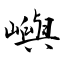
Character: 嶼